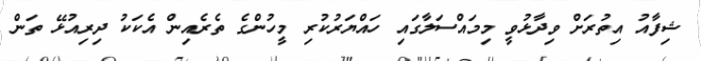
ޝިފާއު އިތުރަށް ވިދާޅުވީ މިމައްސަލާގައި ހައްޔަރުކުރި މީހުންގެ ތެރެއިން އެކަކު ދިރިއުޅޭ ތަން